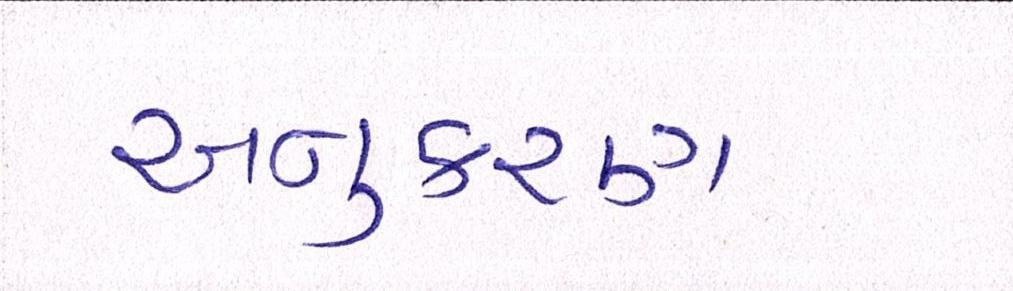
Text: અનુકરણ